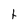
Character: t